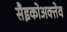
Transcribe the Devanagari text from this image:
सैइकोअक्तेव